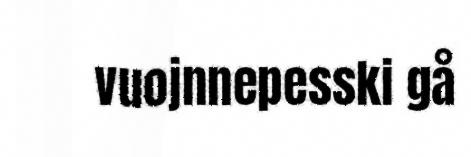
vuojnnepesski gå